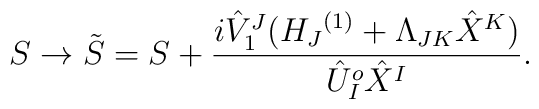
S \rightarrow {\tilde S} = S + \frac{i { {\hat V}_{1}}^{J}({H_{J}}^{(1)} +\Lambda_{JK}{\hat X}^{K})}{{\hat U}^{o}_{I} {\hat X}^{I}}.